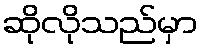
ဆိုလိုသည်မှာ